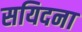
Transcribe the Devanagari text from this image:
सयिदना